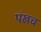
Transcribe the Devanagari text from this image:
पंखच